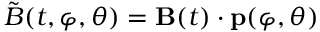
{ \tilde { B } } ( t , \varphi , \theta ) = { \bf B } ( t ) \cdot { \bf p } ( \varphi , \theta )